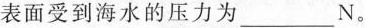
表面受到海水的压力为_______N。